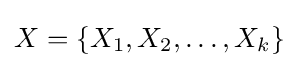
X=\{X_{1},X_{2},\ldots ,X_{k}\}